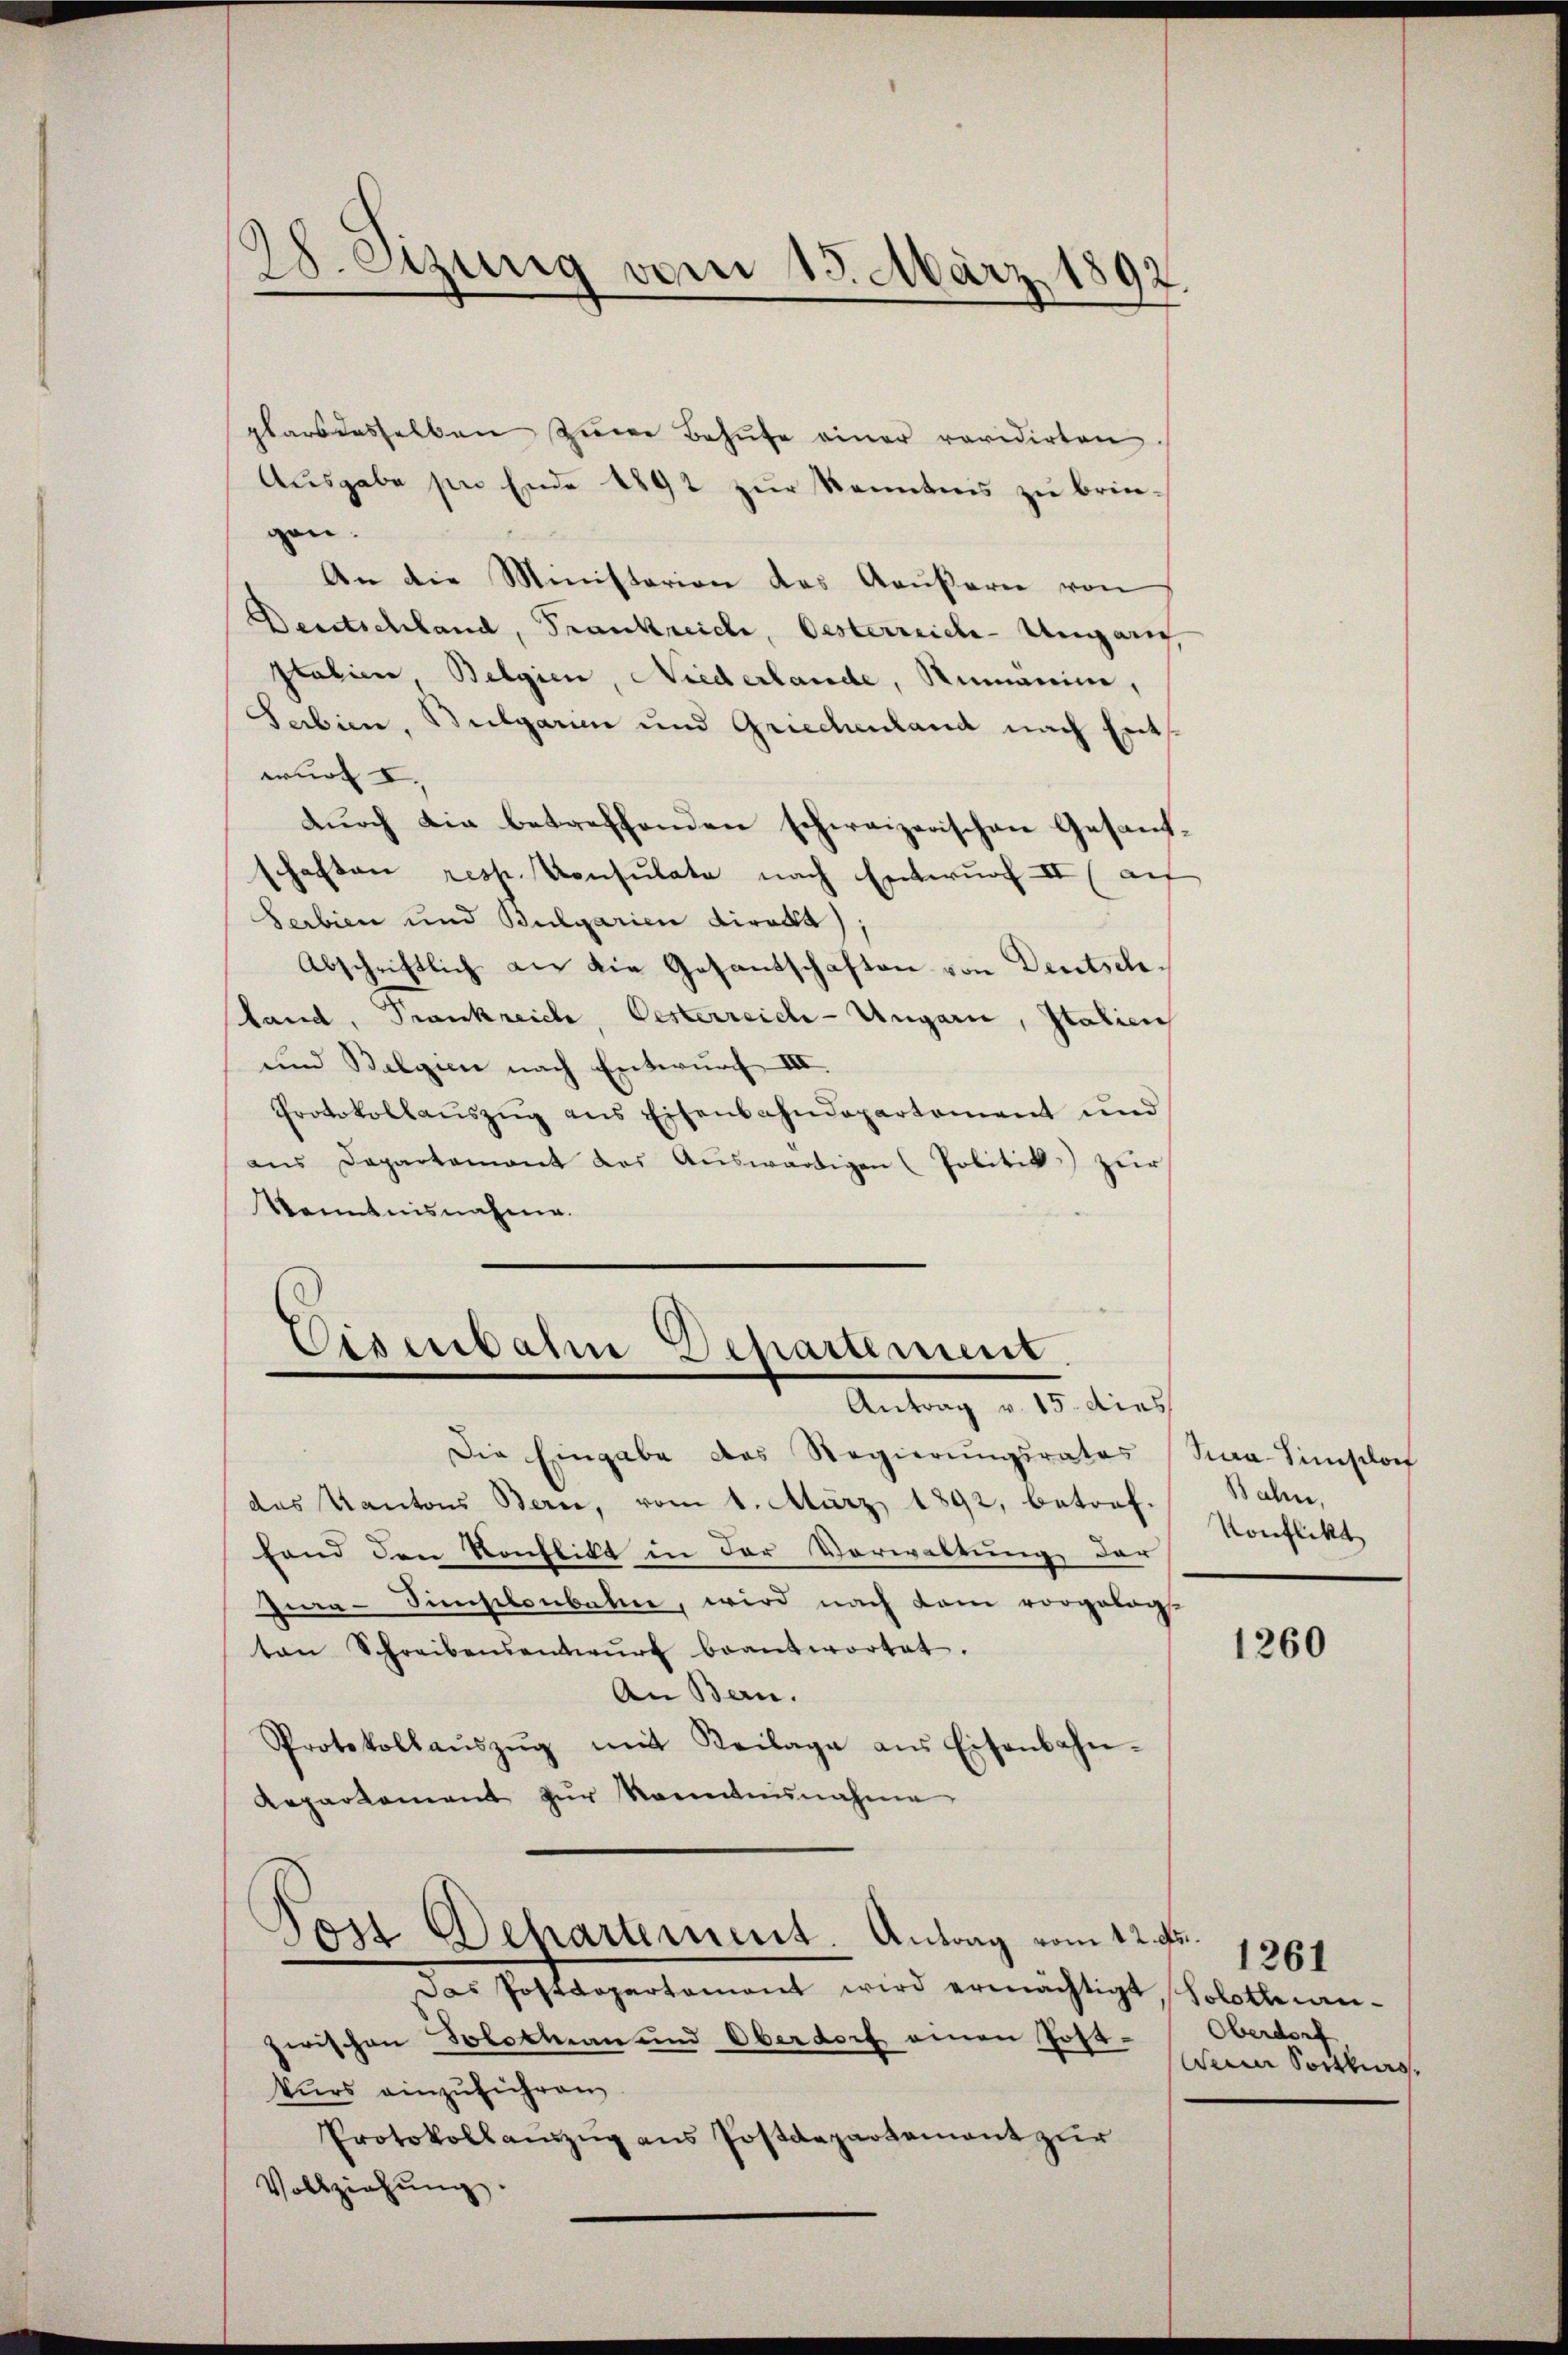
28. Szurig vom 13. März 1892.
d

plars dasselben zŭm Behufe einer revidirten.
Ausgabe sie Ende 1892 zur Kenntnis zu bringen.
An die Ministerion des Aeußern von
Deutschland, Frankreide, Oesterreich-Ungari
stabien, Belgien, Niederlande, Rumanin,
Serbien, Bulgarin und Griechenland nach Entwurf I.
durch die betreffenden schweizerischen Gesandschaften resp. Konsulate nach Entwurf II (auf
Serbien und Bulgarien direkt
Abschriftlich als die Gesandschaften von Deutsch¬
Land, Frankreich, Oesterreich-Ungarn, Italien
und Belgien nach Entwurf III.
Protokollauszug aus Eisenbahndepartement und
aus Departamant das Auswärtigen (Politik zur
Kenntnisnahme.
Eisenbahn Departement.
Antrag v. 15. dies
Die Eingabe des Regierŭngsrates Saa-Simslo
das Kantons Bern, vom 1. März 1892, betreffand den Konflikt in der Vorwaltung der
Zwa-Simischenbahne, wird nach dann vorgelegt
ten Schreibensentwŭrf beantwortet.
An Bern.
Protokollaŭszŭg mit Keilage ans Eisenbahn-
Repartement zŭr Kenntnisnahme
Von Behartement. Antrag vom 12. Fr.
Das Postdepartement wird ermächtigt, Solothwen-
zwischen Solothurn und Oberdorf einen Post-Oberdorf
kurs einzuführen
Protokollauszug aus Postdepartement zur
Vollziehŭng.

Bahn,
Konflikt

1260

Weiner Porthiers,

1261